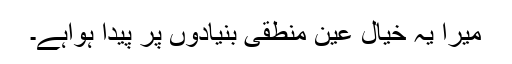
میرا یہ خیال عین منطقی بنیادوں پر پیدا ہواہے۔